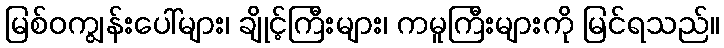
မြစ်ဝကျွန်းပေါ်များ၊ ချိုင့်ကြီးများ၊ ကမူကြီးများကို မြင်ရသည်။